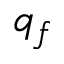
q _ { f }